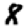
Digit: 8